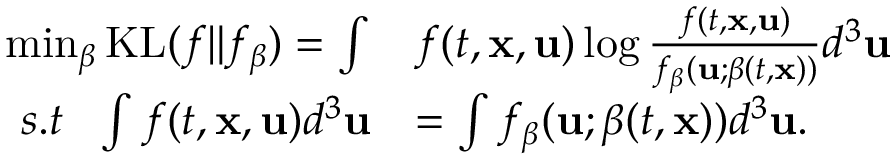
\begin{array} { r l } { \operatorname* { m i n } _ { \boldsymbol { \beta } } \mathrm { K L } ( f \| f _ { \boldsymbol { \beta } } ) = \int } & { f ( t , \mathbf { x } , \mathbf { u } ) \log \frac { f ( t , \mathbf { x } , \mathbf { u } ) } { f _ { \boldsymbol { \beta } } ( \mathbf { u } ; \boldsymbol { \beta } ( t , \mathbf { x } ) ) } d ^ { 3 } \mathbf { u } } \\ { s . t \ \ \int f ( t , \mathbf { x } , \mathbf { u } ) d ^ { 3 } \mathbf { u } } & { = \int f _ { \boldsymbol { \beta } } ( \mathbf { u } ; \boldsymbol { \beta } ( t , \mathbf { x } ) ) d ^ { 3 } \mathbf { u } . } \end{array}